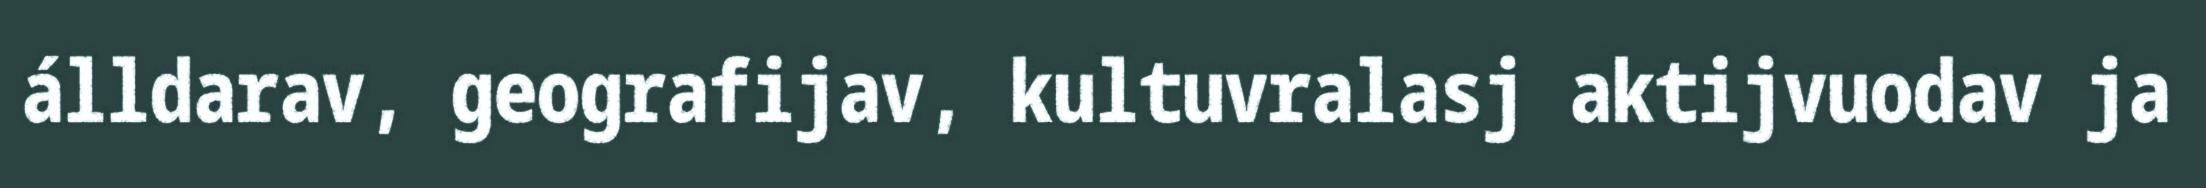
álldarav, geografijav, kultuvralasj aktijvuodav ja